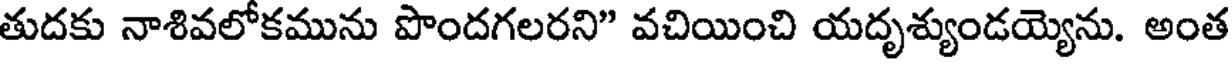
తుదకు నాశివలోకమును పొందగలరని" వచియించి యదృశ్యుండయ్యెను. అంత